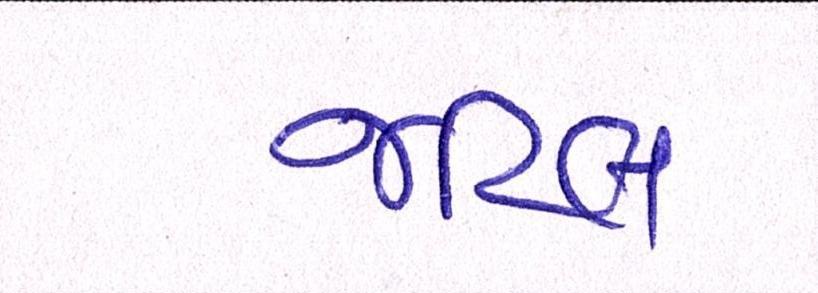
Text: જટિલ